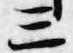
三